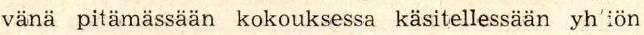
vänä pitämässään kokouksessa käsitellessään yh´iön